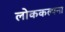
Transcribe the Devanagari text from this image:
लोककल्पना